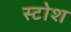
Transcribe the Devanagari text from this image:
स्टोश